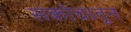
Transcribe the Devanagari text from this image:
संकोचातून